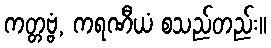
ကတ္တဗ္ဗံ, ကရဏီယံ စသည်တည်း။